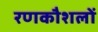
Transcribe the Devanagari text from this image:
रणकौशलों